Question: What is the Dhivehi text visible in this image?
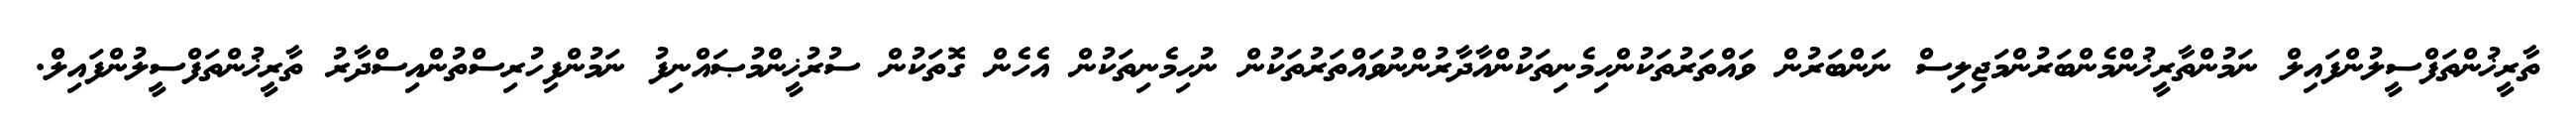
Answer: ތާރީޚުންތަފްސީލުންފައިލް ނަމުންތާރީޚުންމެންބަރުންމަޖިލިސް ނަންބަރުން ވައްތަރުތަކުންހިމެނިތަކުންއާދާރުންނުވައްތަރުތަކުން ނުހިމެނިތަކުން އެހެން ގޮތަކުން ސުރުޚީންމުޞައްނިފު ނަމުންފިހުރިސްތުންއިސްދާރު ތާރީޚުންތަފްސީލުންފައިލް.